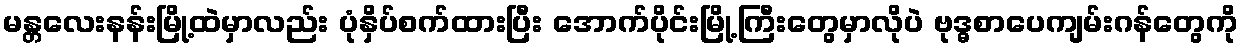
မန္တလေးနန်းမြို့ထဲမှာလည်း ပုံနှိပ်စက်ထားပြီး အောက်ပိုင်းမြို့ကြီးတွေမှာလိုပဲ ဗုဒ္ဓစာပေကျမ်းဂန်တွေကို